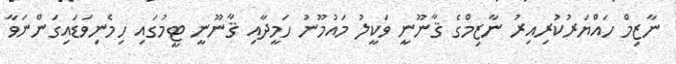
ނާޒިމް ހައްޔަރުކުރިއިރު ނާޒިމްގެ ޤާނޫނީ ވަކީލު މައުމޫނު ހަމީދާއި ޤާނޫނީ ޓީމުގައި ހިމެނިވަޑައިގަންނަވާ